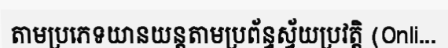
តាមប្រភេទយានយន្តតាមប្រព័ន្ធស្វ័យប្រវត្តិ (Onli...